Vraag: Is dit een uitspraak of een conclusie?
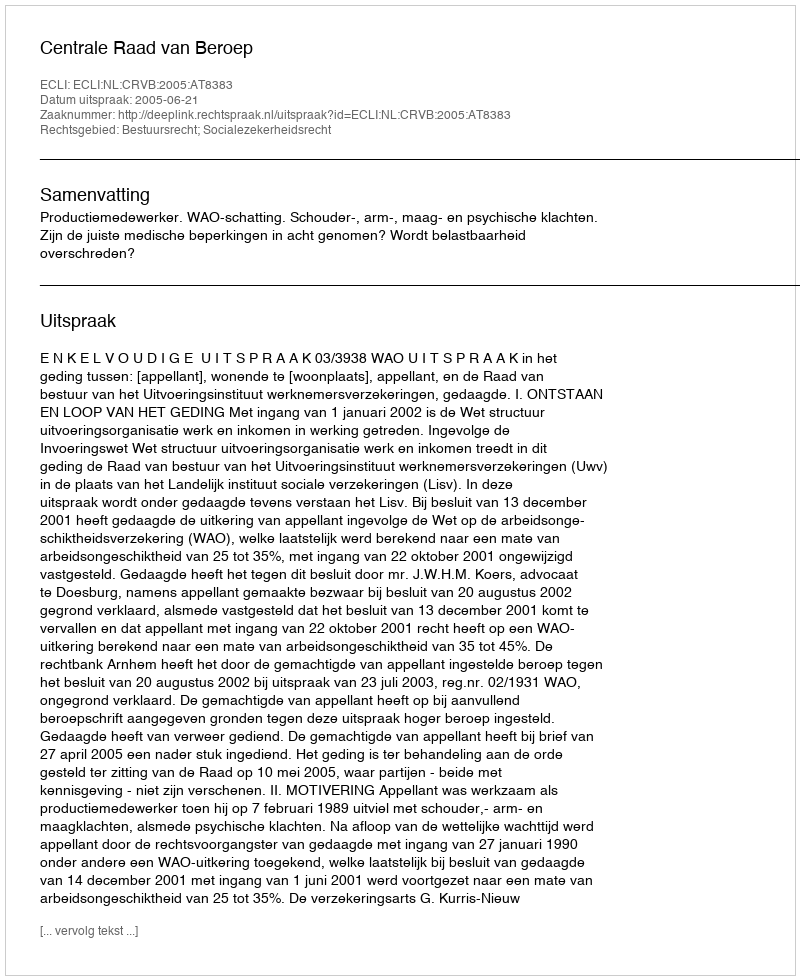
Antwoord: Uitspraak